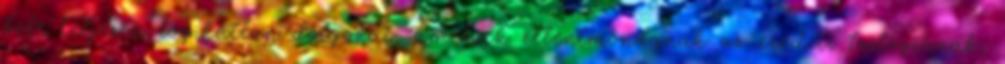
bele teljesen logikátlan dolgokat, amelyek ellentmondanak az eredeti trilógiának,